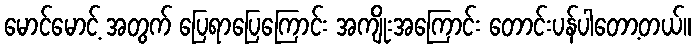
မောင်မောင့် အတွက် ပြေရာပြေကြောင်း အကျိုးအကြောင်း တောင်းပန်ပါတော့တယ်။